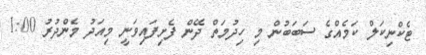
ޓެކްނިކަލް ކަމެއްގެ ސަބަބުން މި ހިދުމަތް ދޭން ފެށިފައިވަނީ މިއަދު މެންދުރު 1:00